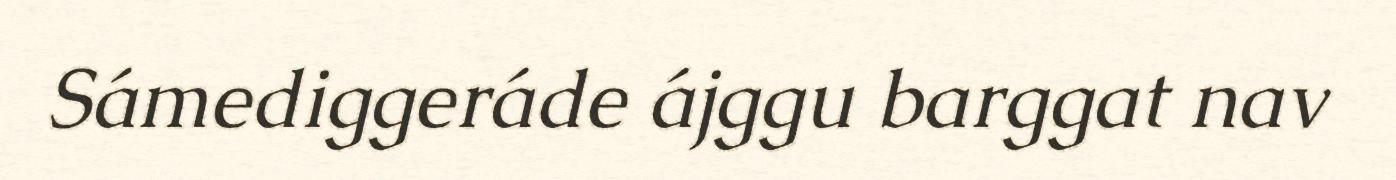
Sámediggeráde ájggu barggat nav